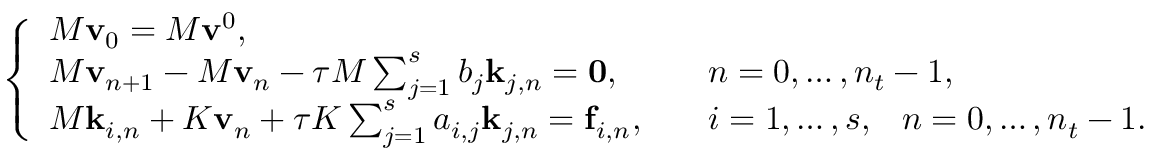
\left\{ \begin{array} { l l } { M \mathbf { v } _ { 0 } = M \mathbf { v } ^ { 0 } , } \\ { M \mathbf { v } _ { n + 1 } - M \mathbf { v } _ { n } - \tau M \sum _ { j = 1 } ^ { s } b _ { j } \mathbf { k } _ { j , n } = \mathbf { 0 } , } & { \quad n = 0 , \ldots , n _ { t } - 1 , } \\ { M \mathbf { k } _ { i , n } + K \mathbf { v } _ { n } + \tau K \sum _ { j = 1 } ^ { s } a _ { i , j } \mathbf { k } _ { j , n } = \mathbf { f } _ { i , n } , } & { \quad i = 1 , \ldots , s , \; \; \: n = 0 , \ldots , n _ { t } - 1 . } \end{array} \right.